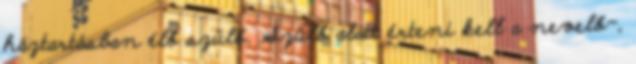
háztartásban élő szülő. Szülő alatt érteni kell a nevelő-,